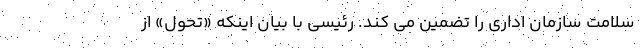
سلامت سازمان اداری را تضمین می کند. رئیسی با بیان اینکه «تحول» از